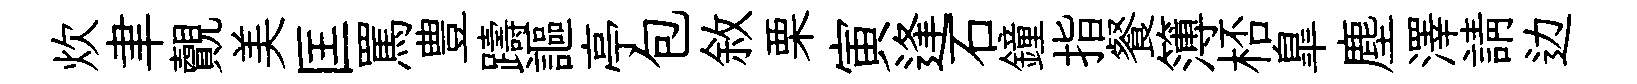
炊聿覿美匡罵豊躊謳亭包敘栗寅逢石鐘指餐簿桮臯塵澤請边